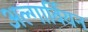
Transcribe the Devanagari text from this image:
अल्गार्वियन